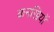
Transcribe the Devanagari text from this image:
कनखियों